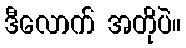
ဒီလောက် အတိုပဲ။